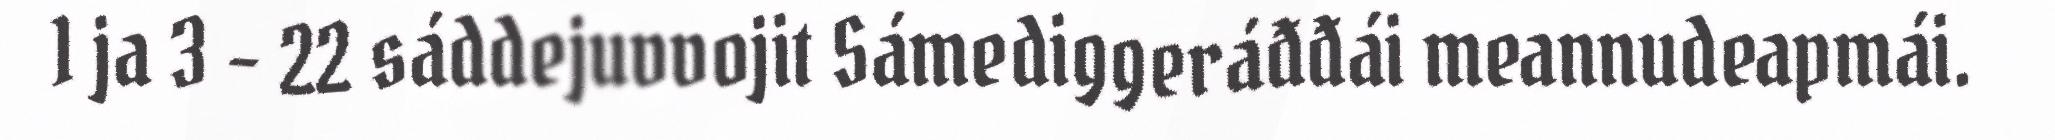
1 ja 3 - 22 sáddejuvvojit Sámediggeráđđái meannudeapmái.